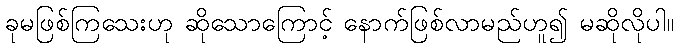
ခုမဖြစ်ကြသေးဟု ဆိုသောကြောင့် နောက်ဖြစ်လာမည်ဟူ၍ မဆိုလိုပါ။